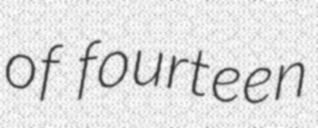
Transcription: of fourteen